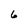
Character: 6